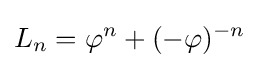
L_{n}=\varphi ^{n}+(-\varphi )^{-n}